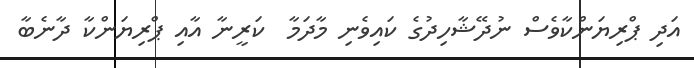
އަދި ޕްރިޔަންކާވެސް ނުދޭޝާހިދުގެ ކައިވެނި މާދަމާ  ކަރީނާ އާއި ޕްރިޔަންކާ ދާނެބާ